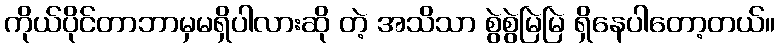
ကိုယ်ပိုင်တာဘာမှမရှိပါလားဆို တဲ့ အသိသာ စွဲစွဲမြဲမြဲ ရှိနေပါတော့တယ်။